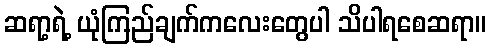
ဆရာ့ရဲ့ ယုံကြည်ချက်ကလေးတွေပါ သိပါရစေဆရာ။